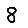
Digit: 8